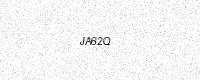
Text: JA62Q